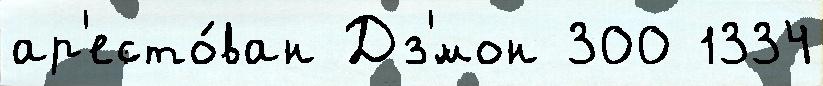
ар'есто́ван Дз'́мон 300 1334